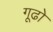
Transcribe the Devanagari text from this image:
गूढो